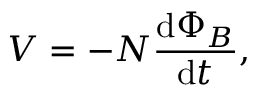
V = - N { \frac { \mathrm { d } \Phi _ { B } } { \mathrm { d } t } } , \,